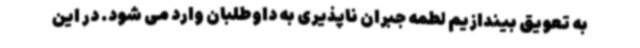
به تعویق بیندازیم لطمه جبران ناپذیری به داوطلبان وارد می شود. در این